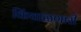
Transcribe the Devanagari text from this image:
किंचाळणारी